Vaccination in Burma 1889-1999 - 1889-1999
Year: 1889
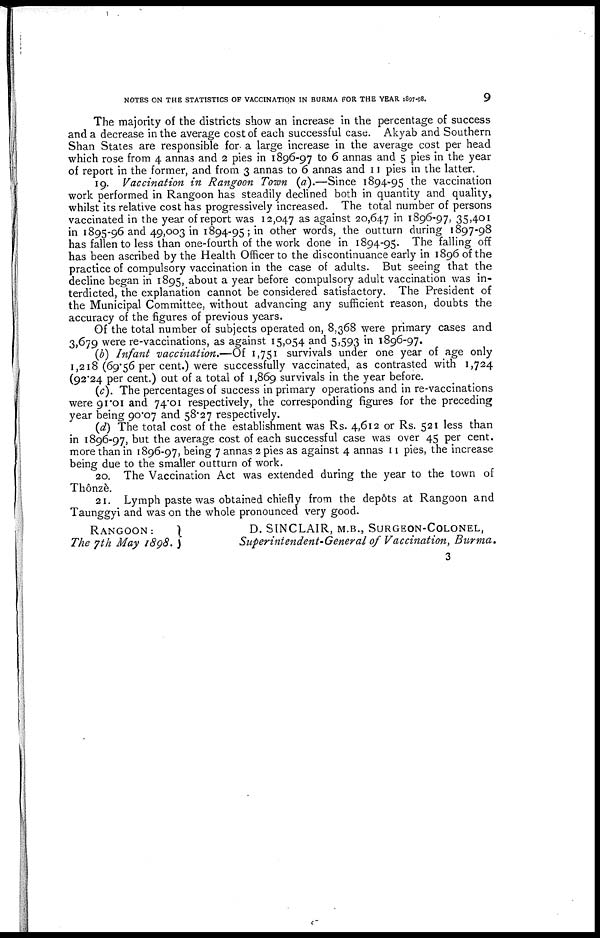
NOTES ON THE STATISTICS OF VACCINATION IN BURMA FOR THE YEAR 1897-98.
9
The majority of the districts show an increase in the percentage of success
and a decrease in the average cost of each successful case. Akyab and Southern
Shan States are responsible for a large increase in the average cost per head
which rose from 4 annas and 2 pies in 1896-97 to 6 annas and 5 pies in the year
of report in the former, and from 3 annas to 6 annas and 11 pies in the latter.
19. Vaccination in Rangoon Town (a).—Since 1894-95 the vaccination
work performed in Rangoon has steadily declined both in quantity and quality,
whilst its relative cost has progressively increased. The total number of persons
vaccinated in the year of report was 12,047 as against 20,647 in 1896-97, 35,401
in 1895-96 and 49,003 in 1894-95; in other words, the outturn during 1897-98
has fallen to less than one-fourth of the work done in 1894-95. The falling off
has been ascribed by the Health Officer to the discontinuance early in 1896 of the
practice of compulsory vaccination in the case of adults. But seeing that the
decline began in 1895, about a year before compulsory adult vaccination was in-
terdicted, the explanation cannot be considered satisfactory. The President of
the Municipal Committee, without advancing any sufficient reason, doubts the
accuracy of the figures of previous years.
Of the total number of subjects operated on, 8,368 were primary cases and
3,679 were re-vaccinations, as against 15,054 and 5,593 in 1896-97.
(b) Infant vaccination.—Of 1,751 survivals under one year of age only
1,218 (69.56 per cent.) were successfully vaccinated, as contrasted with 1,724
(92.24 per cent.) out of a total of 1,869 survivals in the year before.
(c). The percentages of success in primary operations and in re-vaccinations
were 91.01 and 74.01 respectively, the corresponding figures for the preceding
year being 90.07 and 58.27 respectively.
(d) The total cost of the establishment was Rs. 4,612 or Rs. 521 less than
in 1896-97, but the average cost of each successful case was over 45 per cent.
more than in 1896-97, being 7 annas 2 pies as against 4 annas 11 pies, the increase
being due to the smaller outturn of work.
20. The Vaccination Act was extended during the year to the town of
Thônzè.
21. Lymph paste was obtained chiefly from the depôts at Rangoon and
Taunggyi and was on the whole pronounced very good.
RANGOON:
The 7th May 1898.
D. SINCLAIR, M.B., SURGEON-COLONEL,
Superintendent-General of Vaccination, Burma.
3